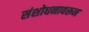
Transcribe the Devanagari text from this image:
संशोधनावरून